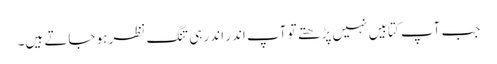
جب آپ کتابیں نہیں پڑھتے تو آپ اندر اندر ہی تنگ نظر ہو جاتے ہیں۔